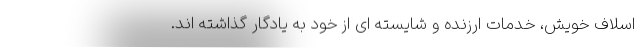
اسلاف خویش، خدمات ارزنده و شایسته ای از خود به یادگار گذاشته اند.